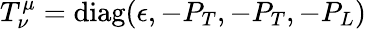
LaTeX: T_{\nu}^{\mu}=\mathrm{diag}(\epsilon,-P_{T},-P_{T},-P_{L})